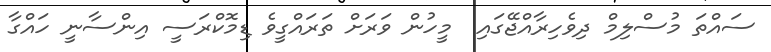
ސައްތަ މުސްލިމް ދިވެހިރާއްޖޭގައި  މީހުން ވަރަށް ތަރައްގީވެ ޑިމޮކްރަސީ އިންސާނީ ހައްގާ